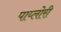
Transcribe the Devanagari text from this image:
पाय्लोरी